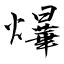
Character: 爗